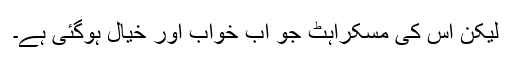
لیکن اس کی مسکراہٹ جو اب خواب اور خیال ہوگئی ہے۔